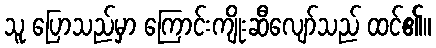
သူ ပြောသည်မှာ ကြောင်းကျိုးဆီလျော်သည် ထင်၏။